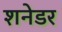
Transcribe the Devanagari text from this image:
शनेडर